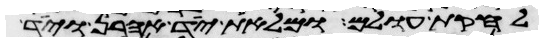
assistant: לחקת עולם ומלאת יד אהרן ויד